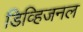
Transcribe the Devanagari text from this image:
डिव्हिजनल